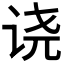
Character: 𫍢